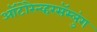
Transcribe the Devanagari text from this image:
ऑटोरेन्व्हरसॅम्लुंग